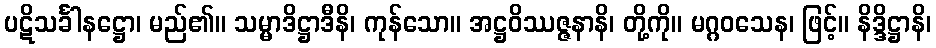
ပဋိသင်္ခါနဋ္ဌော၊ မည်၏။ သမ္မာဒိဋ္ဌာဒီနိ၊ ကုန်သော။ အဋ္ဌဝိဿဇ္ဇနာနိ၊ တို့ကို။ မဂ္ဂဝသေန၊ ဖြင့်။ နိဒ္ဒိဋ္ဌာနိ၊